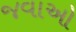
જવાઓ